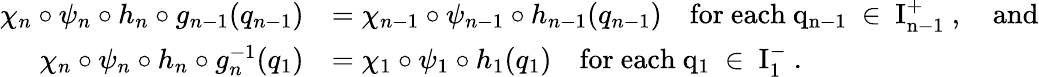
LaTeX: \begin{array}{rl}{\chi_{n}\circ\psi_{n}\circ h_{n}\circ g_{n-1}(q_{n-1})}&{=\chi_{n-1}\circ\psi_{n-1}\circ h_{n-1}(q_{n-1})\quad\mathrm{for~each~q_{n-1}~\in~I_{n-1}^+~},\quad\mathrm{and}}\\ {\chi_{n}\circ\psi_{n}\circ h_{n}\circ g_{n}^{-1}(q_{1})}&{=\chi_{1}\circ\psi_{1}\circ h_{1}(q_{1})\quad\mathrm{for~each~q_{1}~\in~I_{1}^-~}.}\end{array}